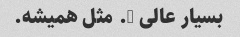
بسیار عالی …. مثل همیشه.